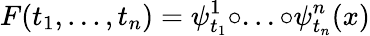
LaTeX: F(t_{1},...,t_{n})=\psi_{t_{1}}^{1}\circ...\circ\psi_{t_{n}}^{n}(x)